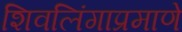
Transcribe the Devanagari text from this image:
शिवलिंगाप्रमाणे